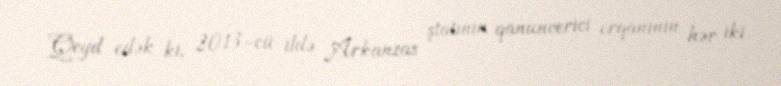
Qeyd edək ki, 2013-cü ildə Arkanzas ştatının qanunverici orqanının hər iki